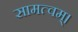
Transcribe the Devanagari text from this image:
सामत्वम्‌।